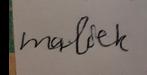
Signature authenticity: forged